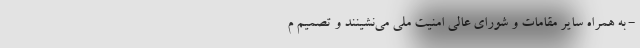
- به همراه سایر مقامات و شورای عالی امنیت ملی می‌نشینند و تصمیم م